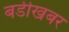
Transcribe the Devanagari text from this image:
बडीखबर